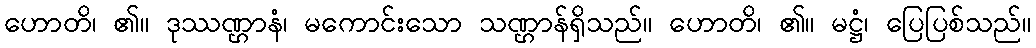
ဟောတိ၊ ၏။ ဒုဿဏ္ဌာနံ၊ မကောင်းသော သဏ္ဌာန်ရှိသည်။ ဟောတိ၊ ၏။ မဋ္ဌံ၊ ပြေပြစ်သည်။